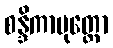
စန္ဒိကာပုတ္တော